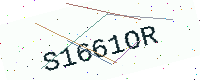
Text: S1661OR